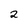
Character: 2